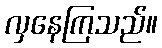
လှနေကြသည်။